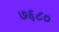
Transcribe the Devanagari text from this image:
७६८०